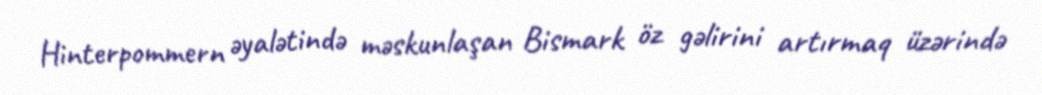
Hinterpommern əyalətində məskunlaşan Bismark öz gəlirini artırmaq üzərində